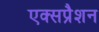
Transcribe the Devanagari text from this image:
एक्सप्रैशन